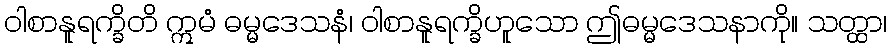
ဝါစာနူရက္ခိတိ ဣမံ ဓမ္မဒေသနံ၊ ဝါစာနူရက္ခိဟူသော ဤဓမ္မဒေသနာကို။ သတ္ထာ၊